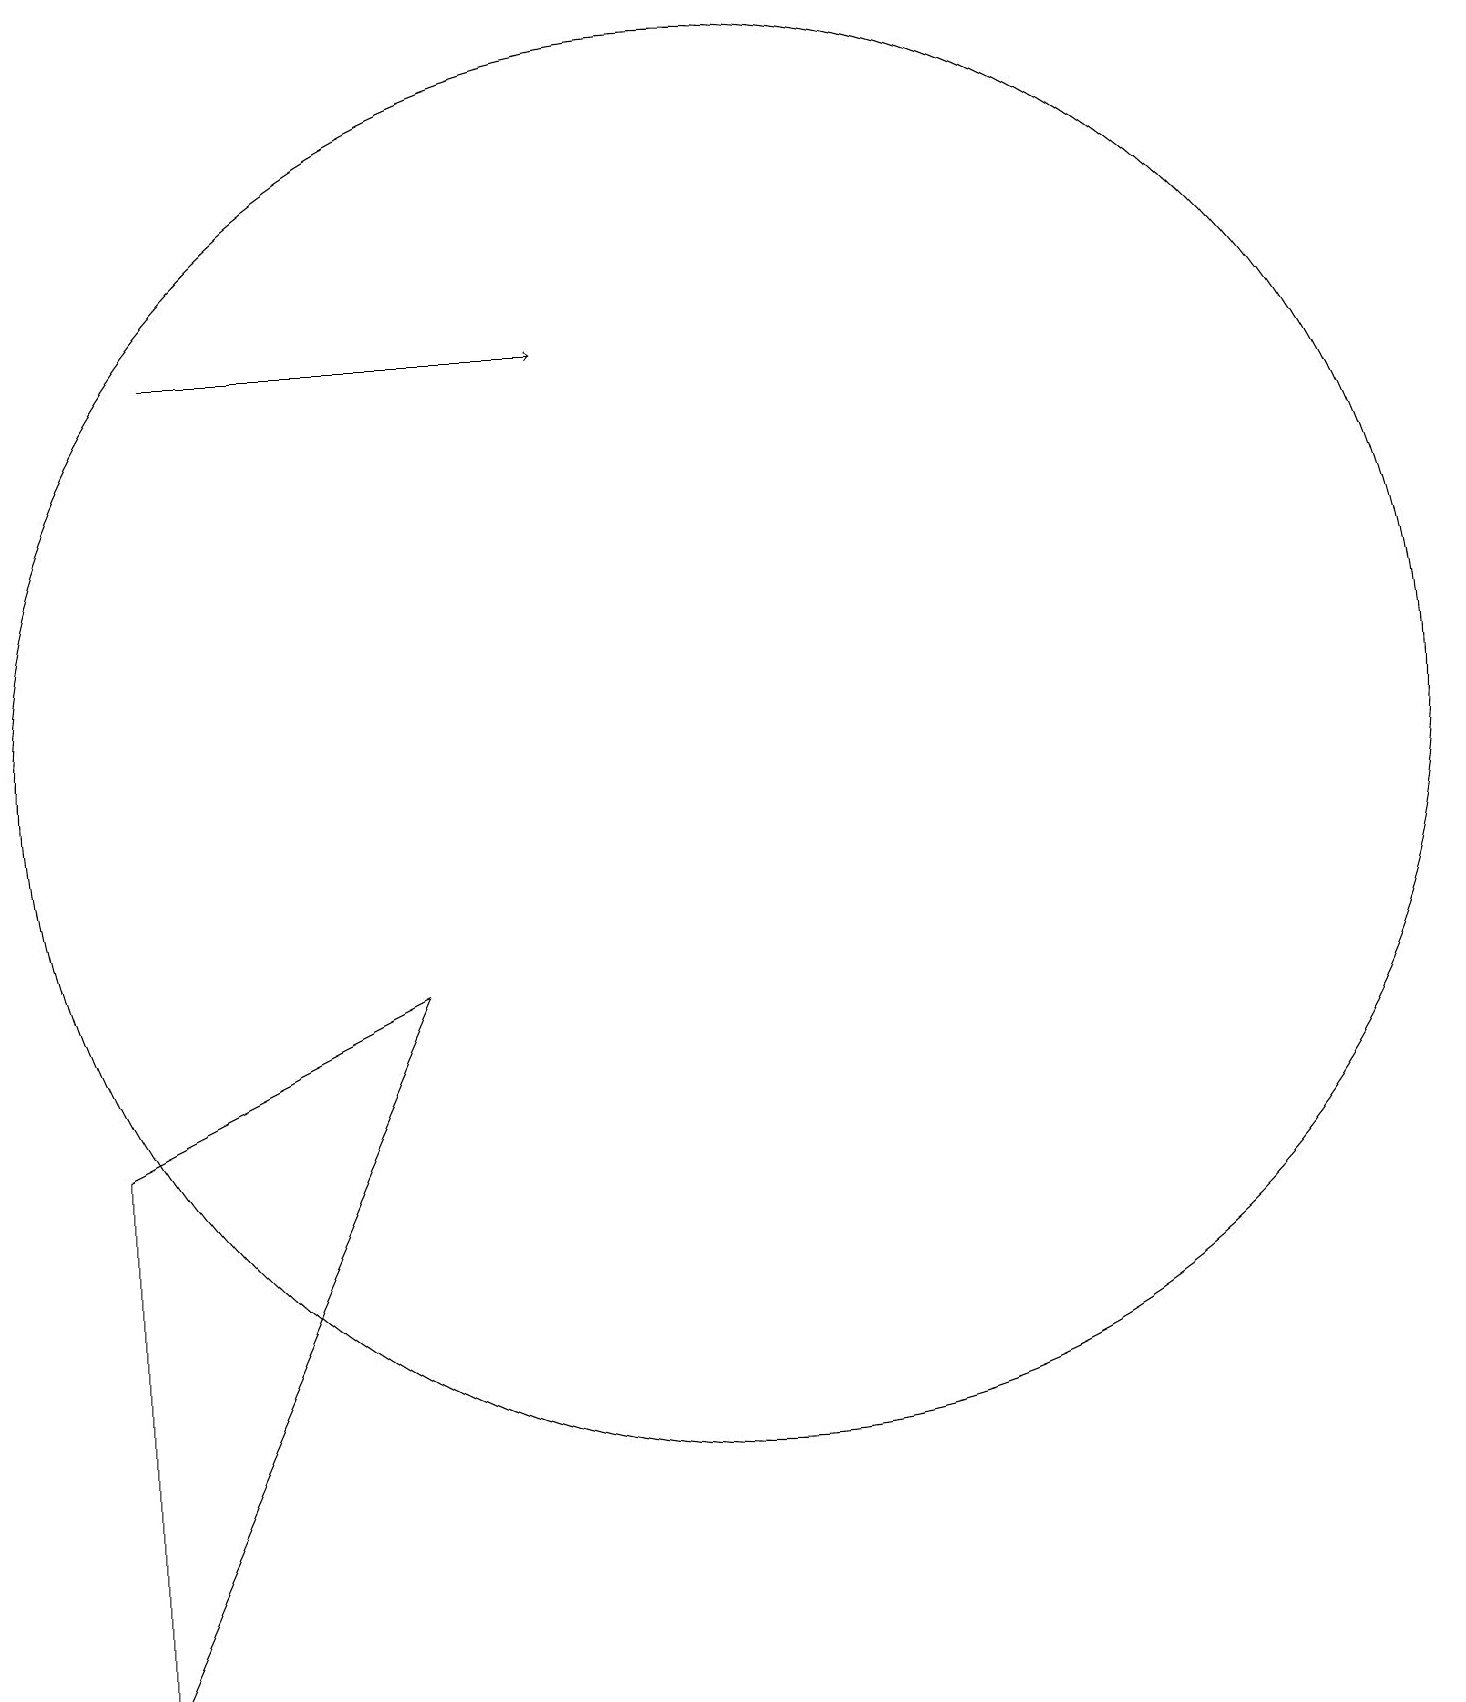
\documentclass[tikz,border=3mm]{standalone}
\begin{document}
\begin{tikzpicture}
\draw[->] (3,17) -- (8,17);
\draw (10,12) circle (9);
\draw (2,7) -- (2,0) -- (6,9) -- cycle;
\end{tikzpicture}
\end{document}